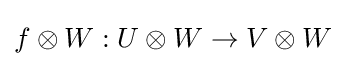
f\otimes W:U\otimes W\to V\otimes W